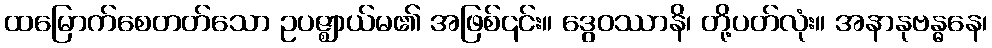
ထမြောက်စေတတ်သော ဥပဇ္ဈာယ်မ၏ အဖြစ်၎င်း။ ဒွေဝဿာနိ၊ တို့ပတ်လုံး။ အနာနုဗန္ဓနေ၊